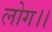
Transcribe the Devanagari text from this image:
लोग।।